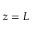
z = L